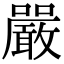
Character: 嚴